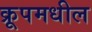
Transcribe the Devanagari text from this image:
क्रूपमधील